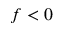
f < 0